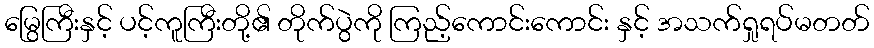
မြွေကြီးနှင့် ပင့်ကူကြီးတို့၏ တိုက်ပွဲကို ကြည့်ကောင်းကောင်း နှင့် အသက်ရှုရပ်မတတ်